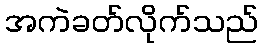
အကဲခတ်လိုက်သည်